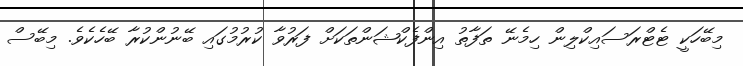
މިބޭހަކީ ޓެޓްރަސައިކްލިން ހިމެނޭ ތަފާތު އިންފެކްޝަންތަކަށް ފަރުވާ ކުރުމުގައި ބޭނުންކުރާ ބޭހެކެވެ. މިބޭސް